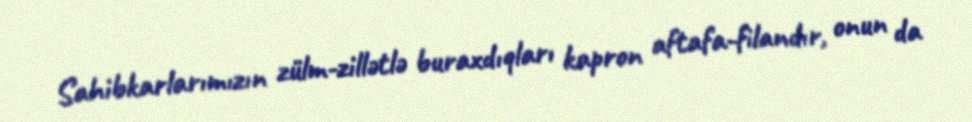
Sahibkarlarımızın zülm-zillətlə buraxdıqları kapron aftafa-filandır, onun da